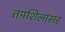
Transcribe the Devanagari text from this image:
तपशिलांसह